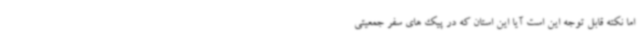
اما نکته قابل توجه این است آیا این استان که در پیک های سفر جمعیتی